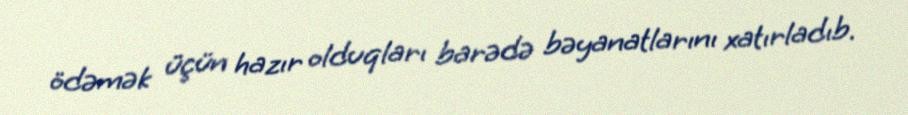
ödəmək üçün hazır olduqları barədə bəyanatlarını xatırladıb.